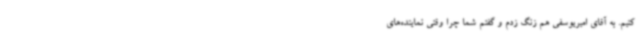
کنیم. به آقای امیریوسفی هم زنگ زدم و گفتم شما چرا وقتی نماینده‌های